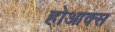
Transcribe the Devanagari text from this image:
होआक्स